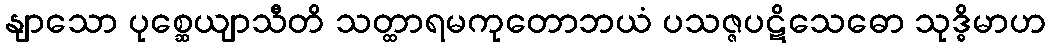
နျာသော ပုစ္ဆေယျာသီတိ သတ္ထာရမကုတောဘယံ ပသဇ္ဇပဋိသေဓော သုဒ္ဓိမာဟ